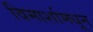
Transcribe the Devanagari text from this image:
विमार्शामधून